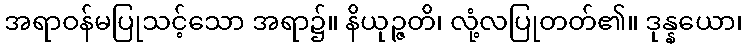
အရာဝန်မပြုသင့်သော အရာ၌။ နိယုဉ္ဇတိ၊ လုံ့လပြုတတ်၏။ ဒုန္နယော၊